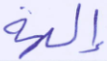
إلهه